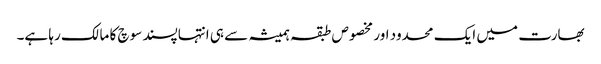
بھارت میں ایک محدود اور مخصوص طبقہ ہمیشہ سے ہی انتہاپسند سوچ کا مالک رہا ہے۔